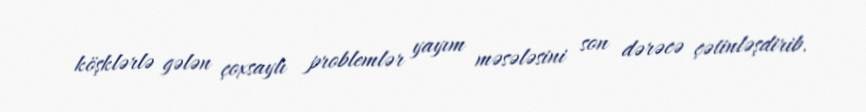
köşklərlə gələn çoxsaylı problemlər yayım məsələsini son dərəcə çətinləşdirib.